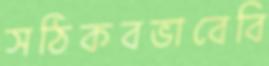
সঠিকবভাবেবি